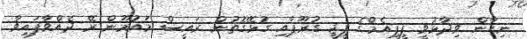
ނިހާން ވިދާޅުވީ ޕީޕީއެމްގެ ޕީޖީ ގުރޫޕާއި ގުޅޭގޮތުން ރައީސް މައުމޫން ރޭ ދެއްވާފައިވާ